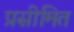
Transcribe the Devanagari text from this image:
प्रसीमित